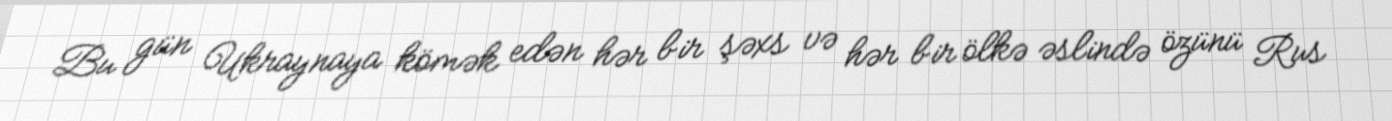
Bu gün Ukraynaya kömək edən hər bir şəxs və hər bir ölkə əslində özünü Rus